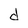
Character: d